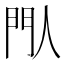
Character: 閄